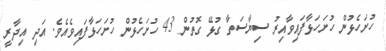
ހުށަހެޅުން ހުށަހަޅާފައިވާއިރު ސިޔާސަތާ ގުޅޭ ގޮތުން 43 ހުށަހެޅުން ހުށަހަޅާފައިވެއެވެ. އަދި އިދާރީ